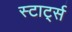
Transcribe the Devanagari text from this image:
स्टार्ट्स